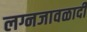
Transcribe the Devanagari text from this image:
लग्नजावळादी